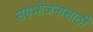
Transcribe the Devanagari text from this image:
सहभोजनासाठी